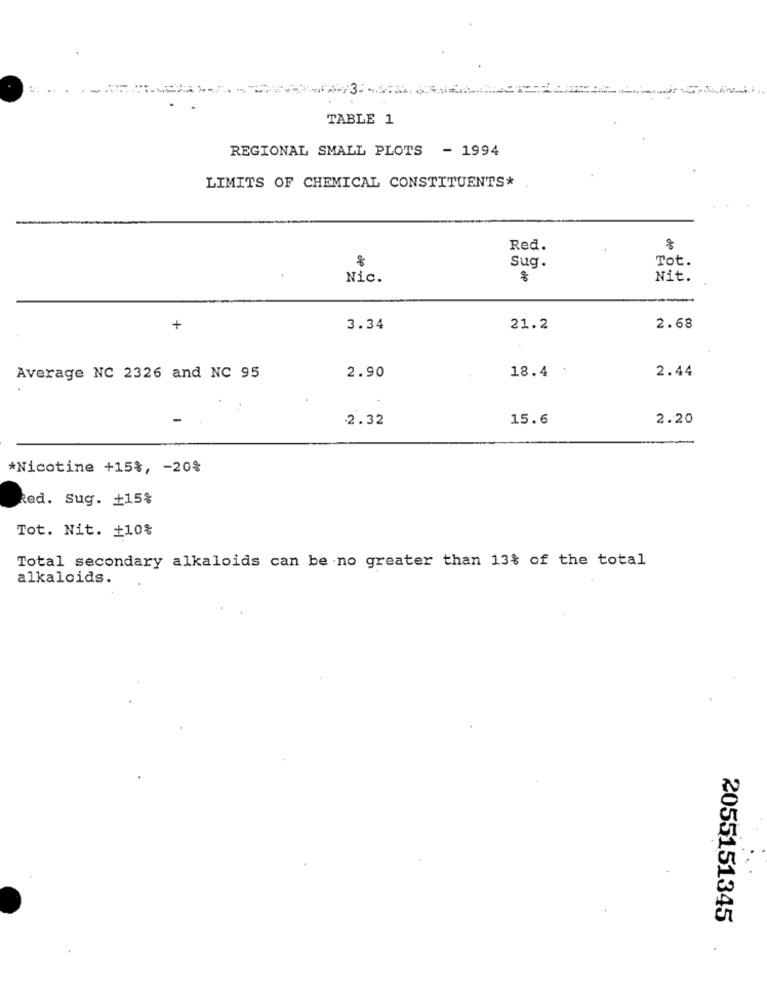
TABLE 1
REGIONAL SMALL PLOTS - 1994
LIMITS OF CHEMICAL CONSTITUENTS*
Red.
8
de
Tot.
Sug.
Nic.
de
Nit.
+
3.34
21.2
2.68
2.90
18.4
2.44
Average NC 2326 and NC 95
-
2.32
15.6
2.20
*Nicotine +15%, - 20%
Red. Sug. +15%
Tot. Nit. +10%
Total secondary alkaloids can be no greater than 13% of the total
alkaloids.
2055151345